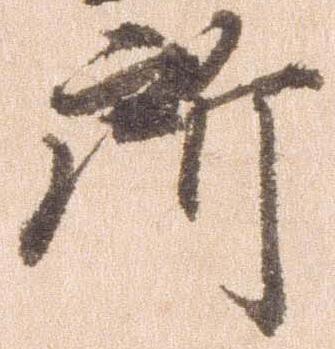
所